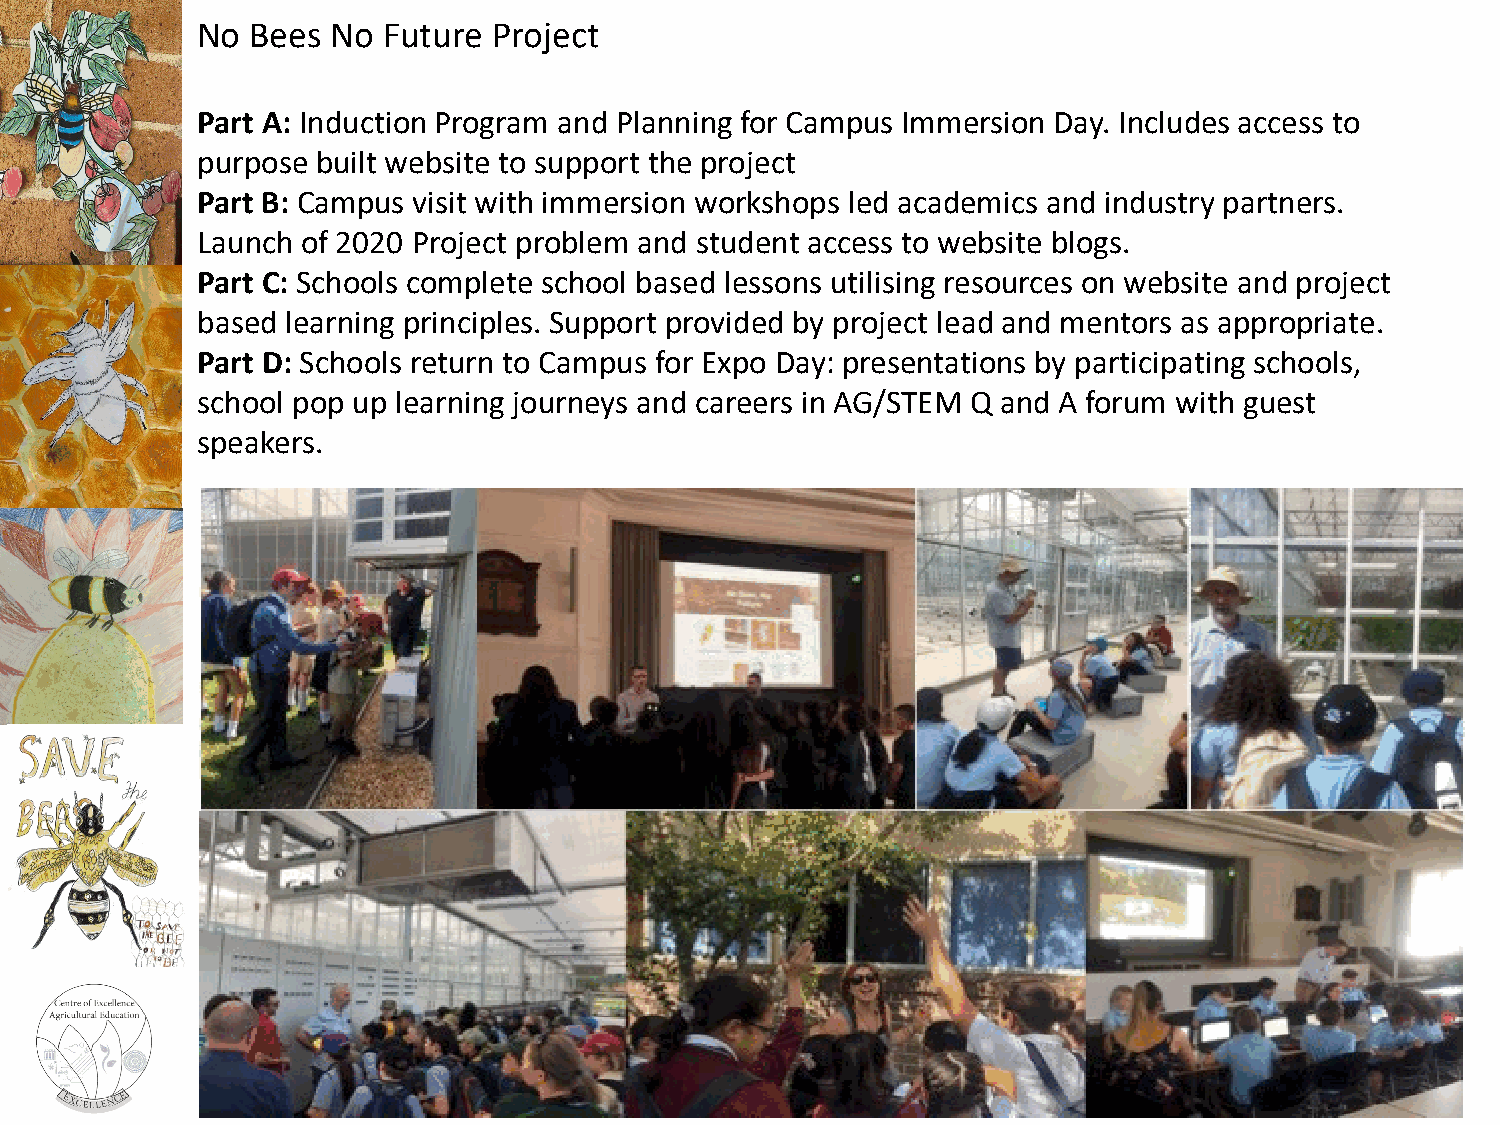
No  Bees No Future  Project
 Part A: Induction Program and Planning for Campus Immersion Day. Includes access to
 purpose built website to support the project
 Part B: Campus visit with immersion workshops led academics and industry partners.
 Launch of 2020 Project problem and student access to website blogs.
 Part C: Schools complete school based lessons utilising resources on website and project
 based learning principles. Support provided by project lead and mentors as appropriate.
 Part D: Schools return to Campus for Expo Day: presentations by participating schools,
 school pop up learning journeys and careers in AG/STEM Q and A forum with guest
 speakers.